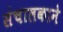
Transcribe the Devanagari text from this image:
संचालकाने